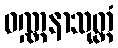
ဝဏ္ဏနာသုတ္တံ